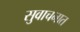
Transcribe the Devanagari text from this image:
सुवाचनात